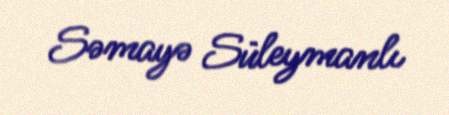
Səmayə Süleymanlı